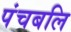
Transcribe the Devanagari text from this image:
पंचबलि